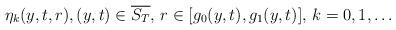
LaTeX: \begin{align*} \eta_k(y,t,r), (y,t)\in\overline{S_T}, \, r\in[g_0(y,t),g_1(y,t)], \, k=0,1,\dots\end{align*}